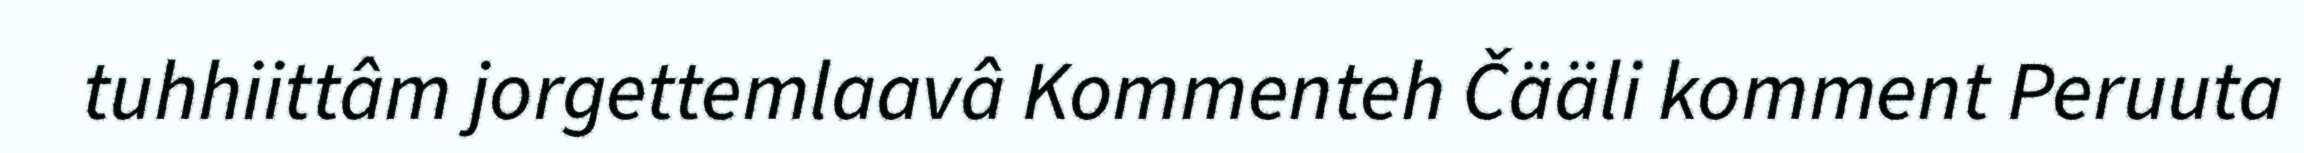
tuhhiittâm jorgettemlaavâ Kommenteh Čääli komment Peruuta